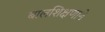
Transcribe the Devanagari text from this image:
बालशिक्षणाने